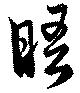
晤